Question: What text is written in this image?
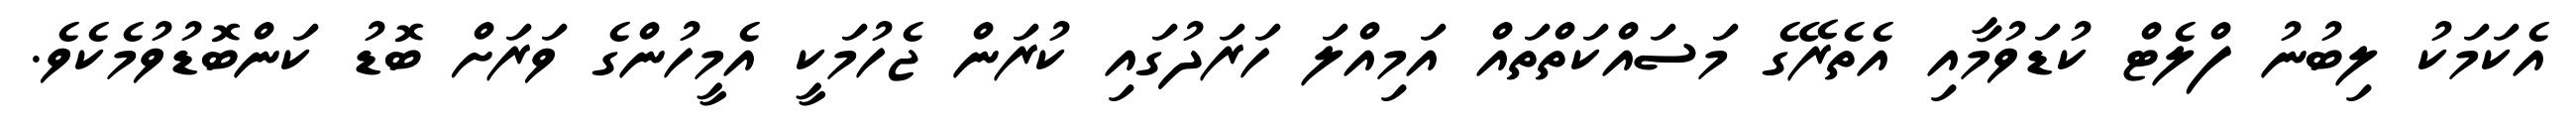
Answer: އެކަމަކު ލިބުނު ފްލެޓް ކުޑަވުމާއި އެތެރޭގެ މަސައްކަތްތައް އަމިއްލަ ހަރަދުގައި ކުރަން ޖެހުމަކީ އެމީހުންގެ ވަރަށް ބޮޑު ކަންބޮޑުވުމެކެވެ.